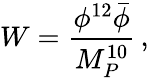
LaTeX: W=\frac{\phi^{12}\bar{\phi}}{M_{P}^{10}}\, ,